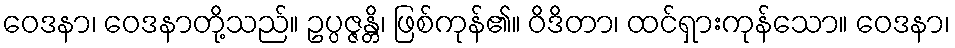
ဝေဒနာ၊ ဝေဒနာတို့သည်။ ဥပ္ပဇ္ဇန္တိ၊ ဖြစ်ကုန်၏။ ဝိဒိတာ၊ ထင်ရှားကုန်သော။ ဝေဒနာ၊